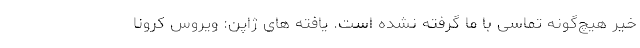
خیر هیچ‌گونه تماسی با ما گرفته نشده است. یافته های ژاپن: ویروس کرونا